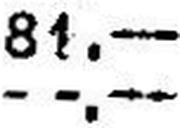
—.—